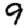
Digit: 9